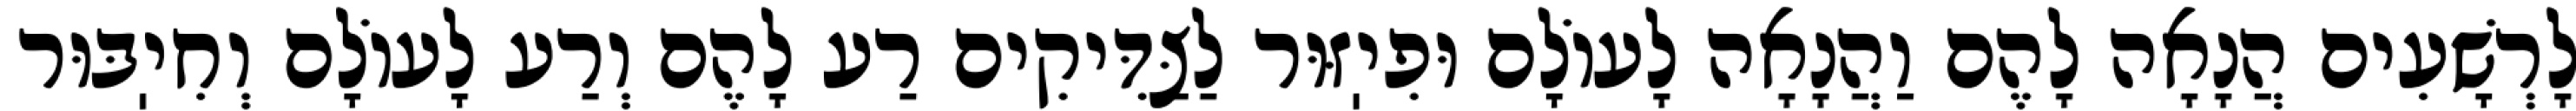
לָרְשָׁעִים הֲנָאָה לָהֶם וַהֲנָאָה לָעוֹלָם וּפִיֽזּוּר לַצַּדִּיקִים רַע לָהֶם וְרַע לָעוֹלָם וְחִיֽבּוּר